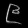
Digit: ၉